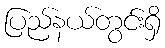
ပြည်နယ်တွင်းရှိ